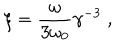
\xi = \frac { \omega } { 3 \omega _ { 0 } } \gamma ^ { - 3 } \; ,